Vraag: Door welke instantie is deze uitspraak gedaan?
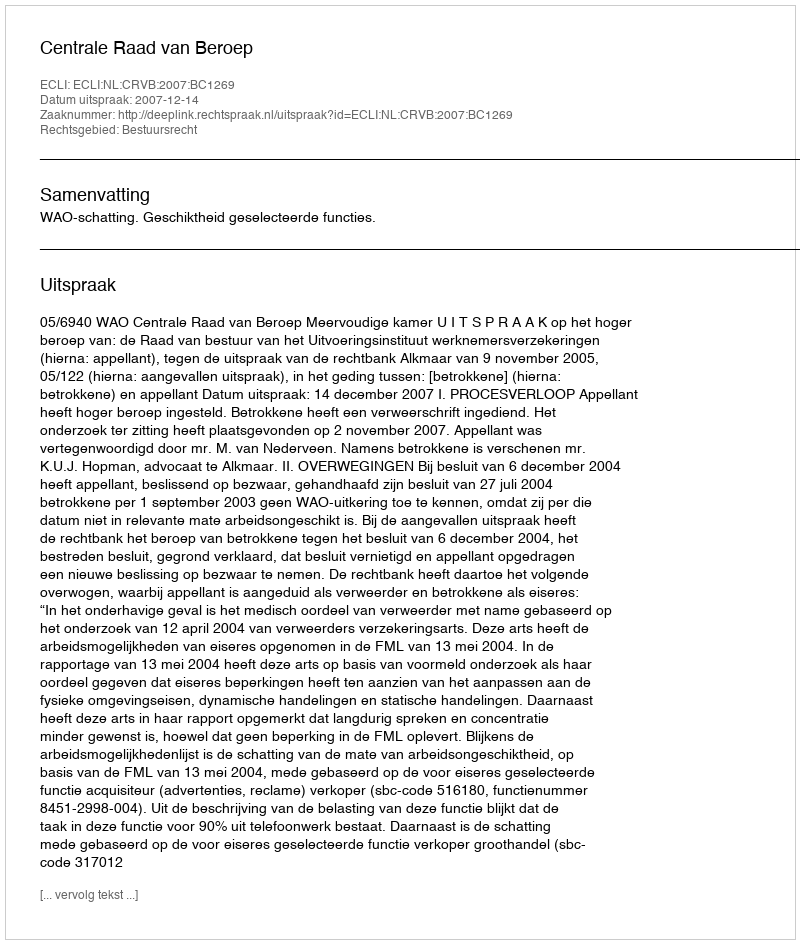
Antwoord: Centrale Raad van Beroep